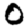
Digit: 0